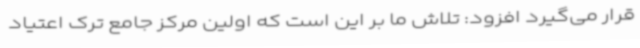
قرار می‌گیرد افزود: تلاش ما بر این است که اولین مرکز جامع ترک اعتیاد